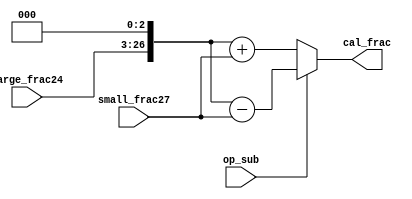
/************************************************
  The Verilog HDL code example is from the book
  Computer Principles and Design in Verilog HDL
  by Yamin Li, published by A JOHN WILEY & SONS
************************************************/
module fadd_cal (op_sub,large_frac24,small_frac27, cal_frac); // calculation
    input  [23:0] large_frac24;
    input         op_sub;
    input  [26:0] small_frac27;
    output [27:0] cal_frac;
    wire   [27:0] aligned_large_frac = {1'b0,large_frac24,3'b000};
    wire   [27:0] aligned_small_frac = {1'b0,small_frac27};
    assign        cal_frac = op_sub?
                             aligned_large_frac - aligned_small_frac :
                             aligned_large_frac + aligned_small_frac;
endmodule